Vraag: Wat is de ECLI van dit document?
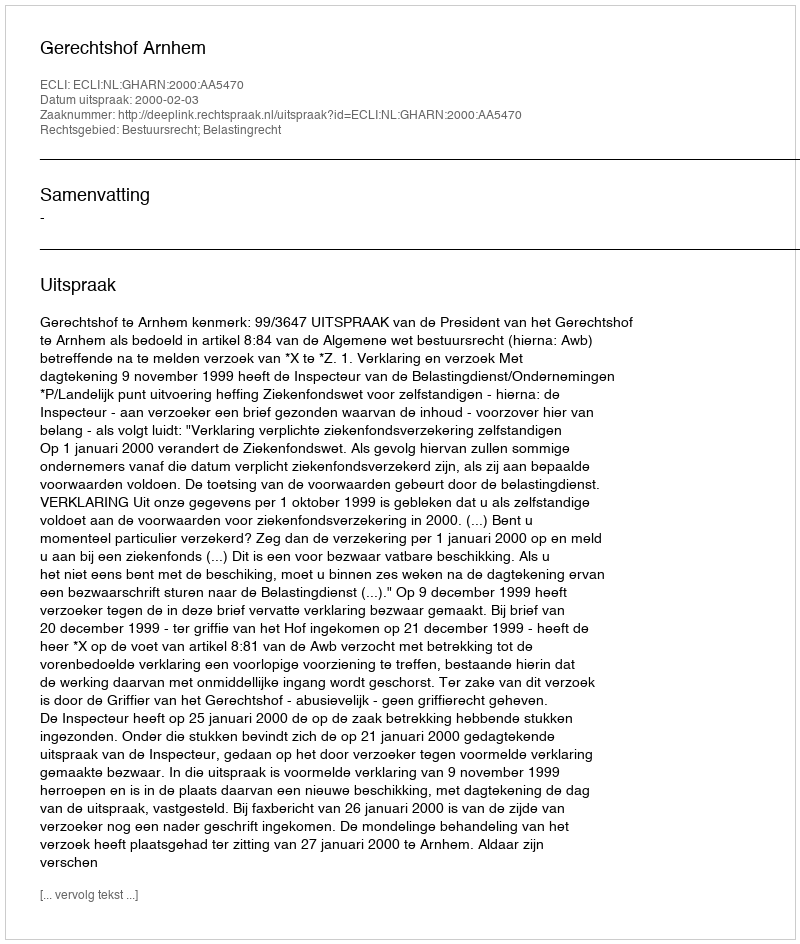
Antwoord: ECLI:NL:GHARN:2000:AA5470